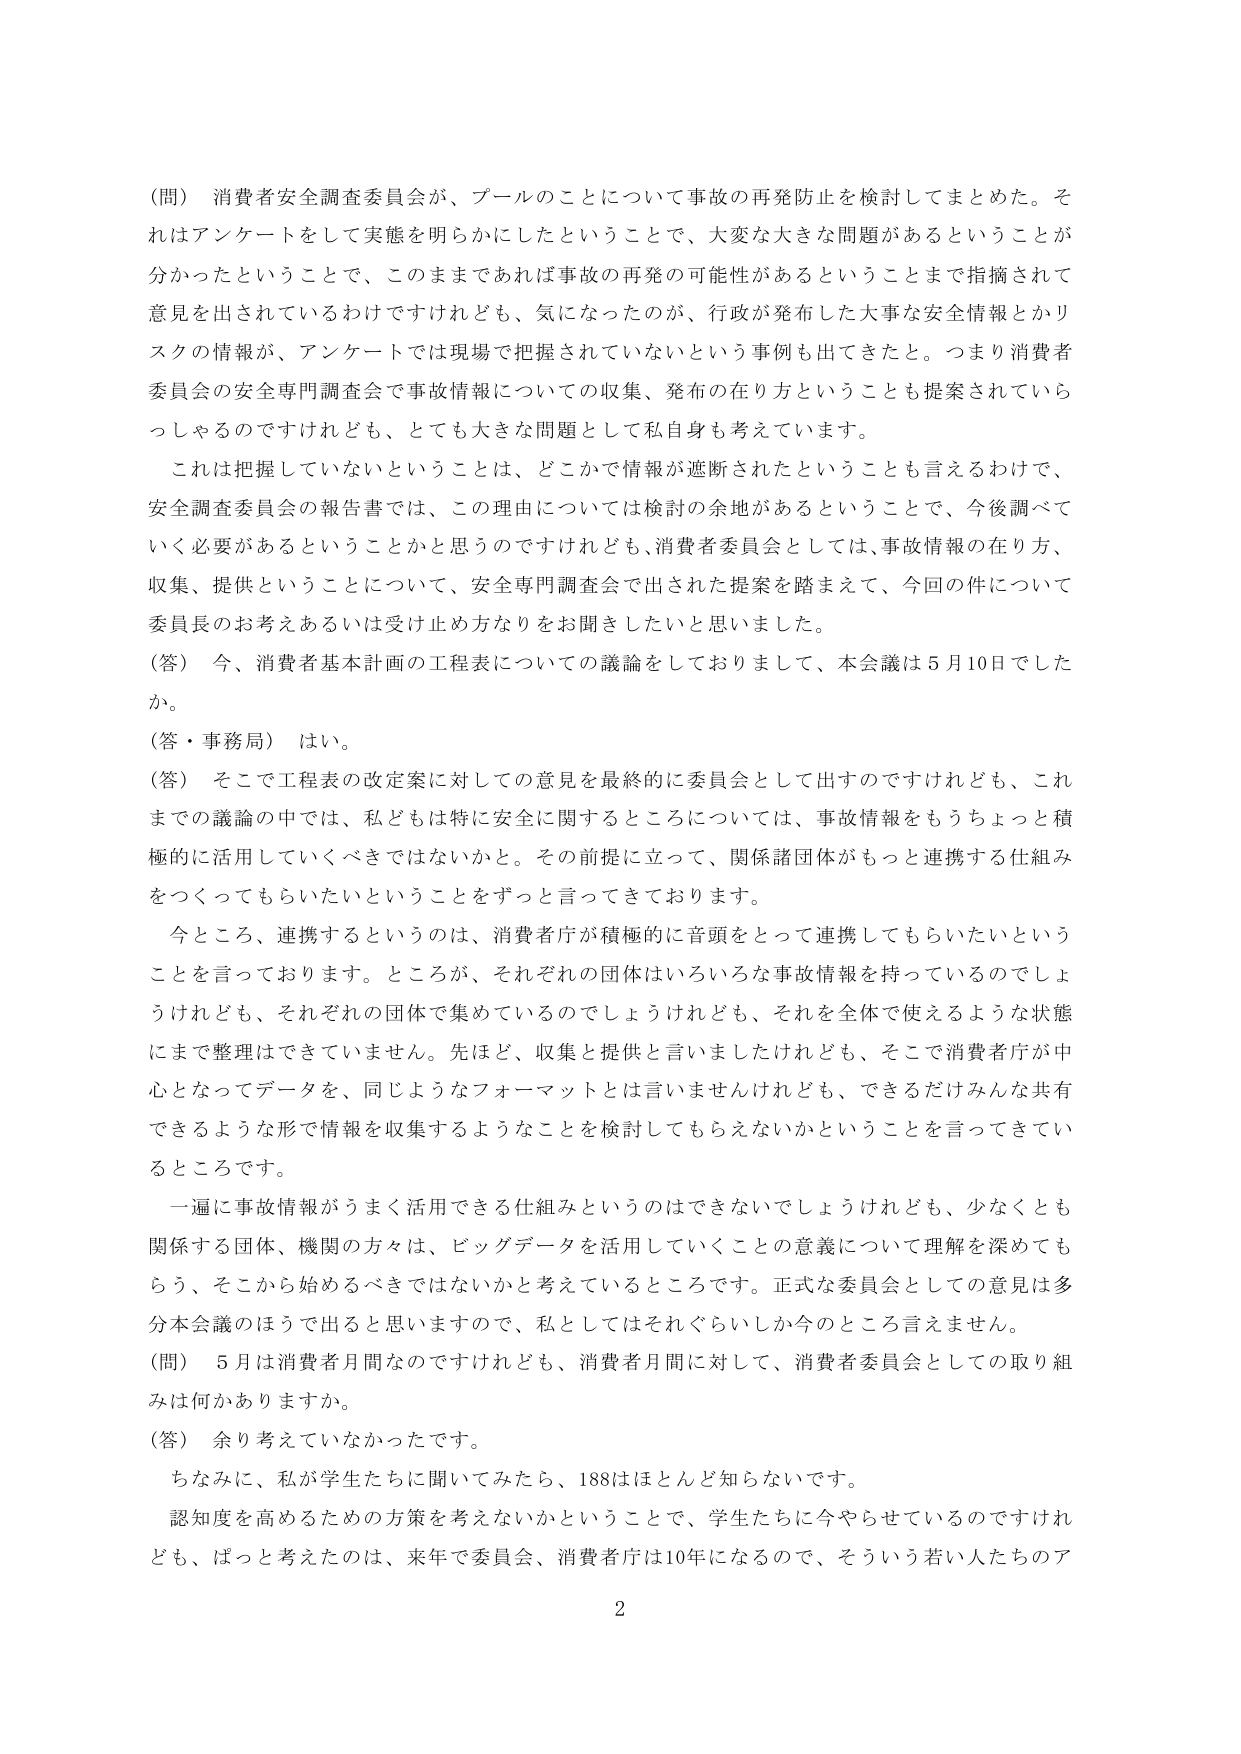
（問）消費者安全調査委員会が、プールのことについて事故の再発防止を検討してまとめた。それはアンケートをして実態を明らかにしたということで、大変な大きな問題があるということが分かったということで、このままであれば事故の再発の可能性があるということまで指摘されて意見を出されているわけですけれども、気になったのが、行政が発布した大事な安全情報とかリスクの情報が、アンケートでは現場で把握されていないという事例も出てきたと。つまり消費者委員会の安全専門調査会で事故情報についての収集、発布の在り方ということも提案されていらっしゃるのですけれども、とても大きな問題として私自身も考えています。

これは把握していないということは、どこかで情報が遮断されたということも言えるわけで、安全調査委員会の報告書では、この理由については検討の余地があるということで、今後調べていく必要があるということかと思うのですけれども、消費者委員会としては、事故情報の在り方、収集、提供ということについて、安全専門調査会で出された提案を踏まえて、今回の件について委員長のお考えあるいは受け止め方なりをお聞きしたいと思いました。

（答）今、消費者基本計画の工程表についての議論をしておりまして、本会議は５月10日でしたか。

（答・事務局）はい。

（答）そこで工程表の改定案に対しての意見を最終的に委員会として出すのですけれども、これまでの議論の中では、私どもは特に安全に関するところについては、事故情報をもうちょっと積極的に活用していくべきではないかと。その前提に立って、関係諸団体がもっと連携する仕組みをつくってもらいたいということをずっと言ってきております。

今ところ、連携するというのは、消費者庁が積極的に音頭をとって連携してもらいたいということを言っております。ところが、それぞれの団体はいろいろな事故情報を持っているのでしょうけれども、それぞれの団体で集めているのでしょうけれども、それを全体で使えるような状態にまで整理はできていません。先ほど、収集と提供と言いましたけれども、そこで消費者庁が中心となってデータを、同じようなフォーマットとは言いませんけれども、できるだけみんな共有できるような形で情報を収集するようなことを検討してもらえないかということを言ってきているところです。

一遍に事故情報がうまく活用できる仕組みというのはできないでしょうけれども、少なくとも関係する団体、機関の方々は、ビッグデータを活用していくことの意義について理解を深めてもらう、そこから始めるべきではないかと考えているところです。正式な委員会としての意見は多分本会議のほうで出ると思いますので、私としてはそれぐらいしか今のところ言えません。

（問）５月は消費者月間なのですが、消費者月間に対して、消費者委員会としての取り組みは何かありますか。

（答）余り考えていなかったです。

ちなみに、私が学生たちに聞いてみたら、188はほとんど知らないです。

認知度を高めるための方策を考えないかということで、学生たちに今やらせているのですけれども、はっと考えたのは、来年で委員会、消費者庁は10年になるので、そういう若い人たちのア

2